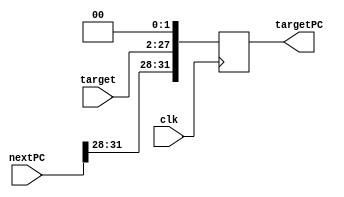
`timescale  1ns/1ps
module TargetPC(clk, nextPC, target, targetPC);
	input clk;
	input [31:0] nextPC;
	input [25:0] target;
	output reg [31:0] targetPC;
	
	always@(posedge clk)
		begin
		#(20) targetPC = {nextPC[31:28], target, 2'b00};
		//$display("targetPC  %x", targetPC);
		end
endmodule